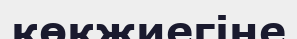
көкжиегіне